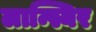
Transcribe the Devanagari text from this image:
लान्स्यिर